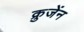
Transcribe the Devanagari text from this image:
क्रुजेंन